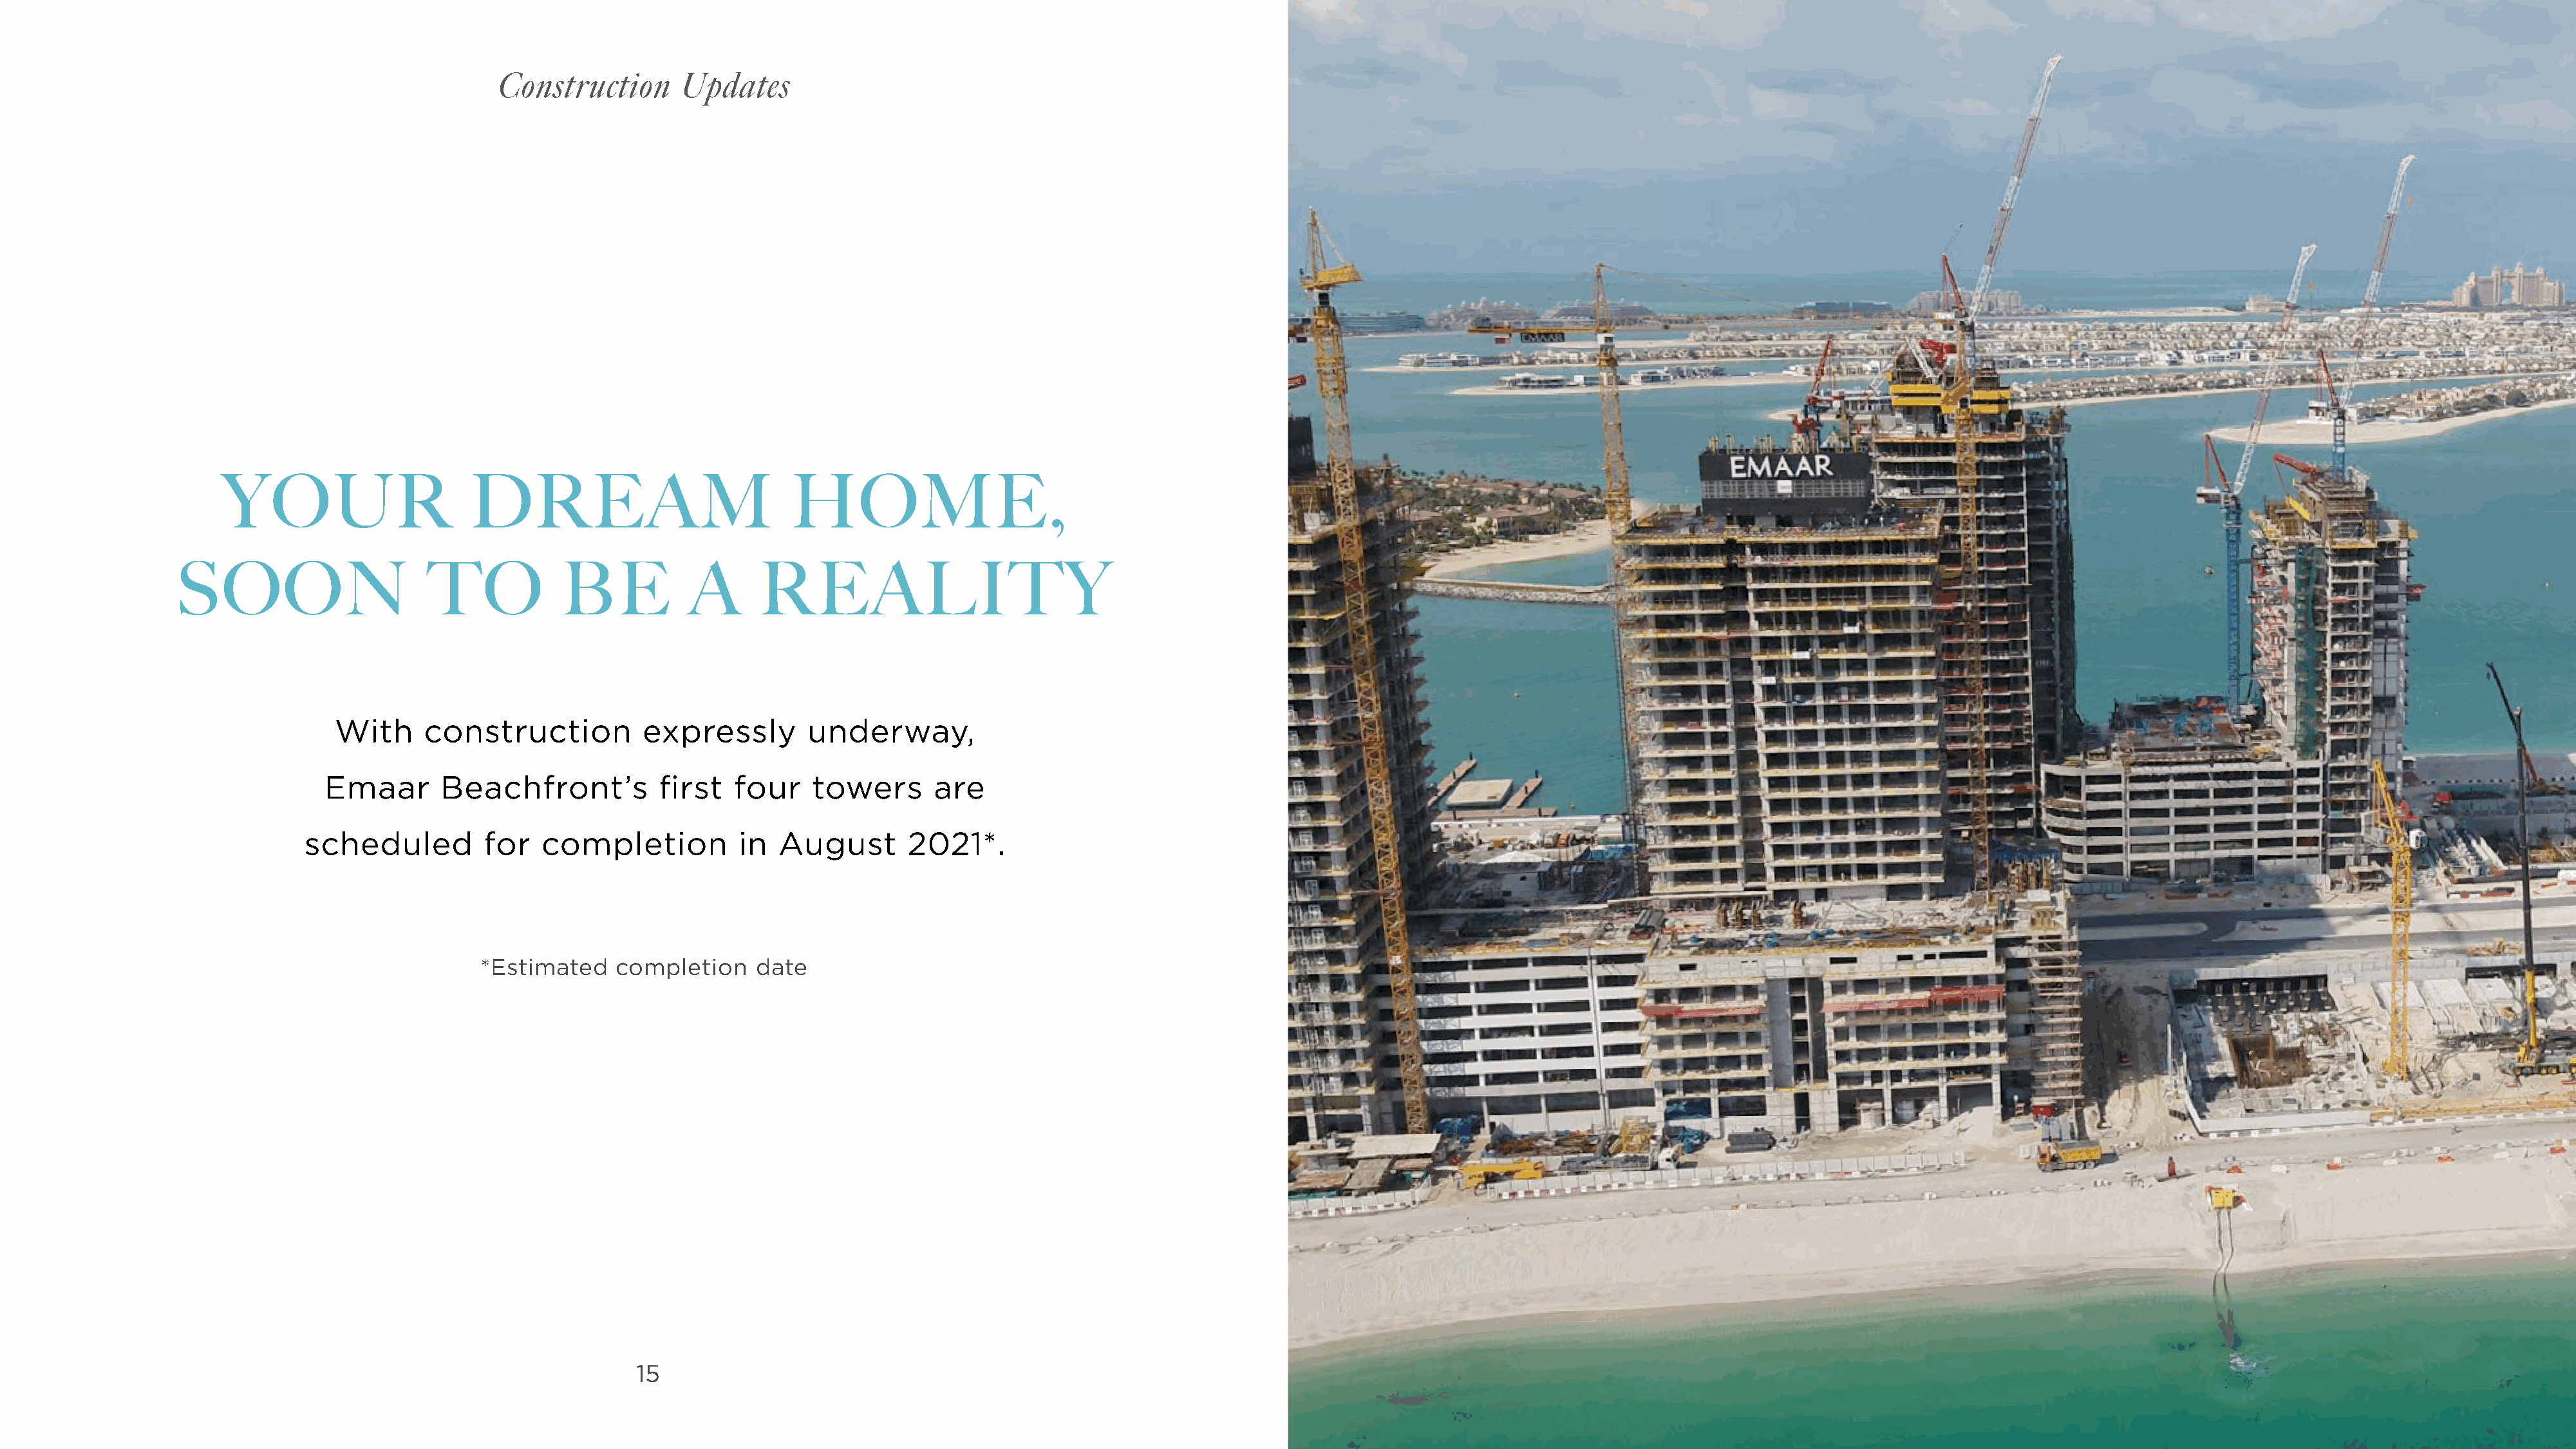
Construction       Updates
 YOUR                     DREAM                            HOME,
 SOON                      TO            BE           A      REALITY
 With      construction          expressly        underway,
 Emaar       Beachfront’s           first  four    towers       are
 scheduled          for   completion          in  August       2021*.
 *Estimated    completion     date
 15